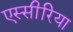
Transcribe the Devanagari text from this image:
एस्सीरिया